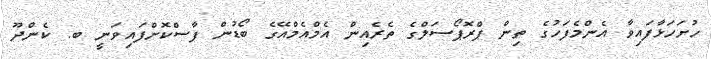
ހުށަހަޅާފައިވާ އެންމެފަހުގެ ތިން ޕްރޮޕޯސަލްގެ ތެރެއިން އެމްއެމްއޭގެ ބޯޑުން ފާސްކޮށްފައިވަނީ ބ. ކެންދޫ